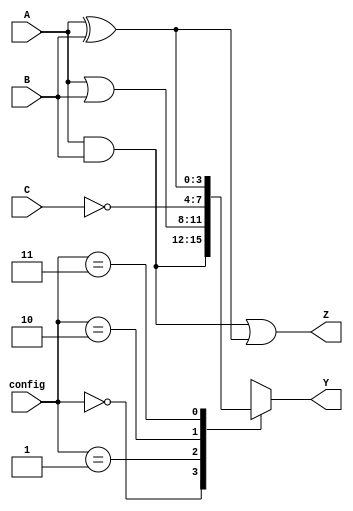
module CombinationalLogicBlock (
    input [3:0] A,       // 4-bit input A
    input [3:0] B,       // 4-bit input B
    input [3:0] C,       // 4-bit input C
    input [1:0] config,  // Configuration input to select logic function
    output [3:0] Y,      // 4-bit output Y
    output [3:0] Z       // 4-bit output Z
);
    
    // Intermediate signals
    wire [3:0] and_out;
    wire [3:0] or_out;
    wire [3:0] not_out;
    wire [3:0] xor_out;

    // Combinational Logic Functions
    // AND function
    assign and_out = A & B;

    // OR function
    assign or_out = A | B;

    // NOT function
    assign not_out = ~C;

    // XOR function
    assign xor_out = A ^ B;

    // Output Selection Logic based on configuration
    always @(*) begin
        case (config)
            2'b00: Y = and_out;    // Output Y as AND (A & B)
            2'b01: Y = or_out;     // Output Y as OR (A | B)
            2'b10: Y = not_out;    // Output Y as NOT (~C)
            2'b11: Y = xor_out;    // Output Y as XOR (A ^ B)
            default: Y = 4'b0000;  // Default case
        endcase
    end

    // Additional output logic for Z (could be modified as necessary)
    assign Z = and_out | xor_out; // Example: OR of AND and XOR results

endmodule